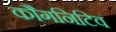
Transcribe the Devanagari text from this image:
कौगनिटिव